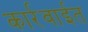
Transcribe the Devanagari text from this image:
कार्रवाईत